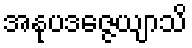
အနုပဒဇ္ဇေယျာသိ